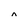
Character: n